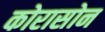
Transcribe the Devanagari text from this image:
कोरासोन